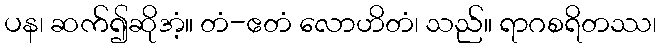
ပန၊ ဆက်၍ဆိုအံ့။ တံ-ဧတံ လောဟိတံ၊ သည်။ ရာဂစရိတဿ၊